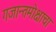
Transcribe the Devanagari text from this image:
गजान्तमोक्षाचा